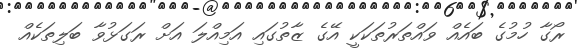
ރޯގާ ހުމުގެ ބައެއް ވައްތަރުތަކަކީ އޭގެ ޒާތުގައި އަމިއްލަ އަށް ރަގަޅުވާ ބަލިތަކެއް